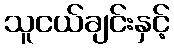
သူငယ်ချင်းနှင့်